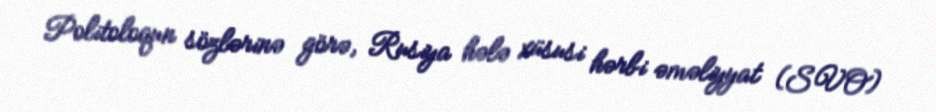
Politoloqun sözlərinə görə, Rusiya hələ xüsusi hərbi əməliyyat (SVO)